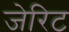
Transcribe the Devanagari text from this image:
जेरिट